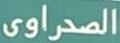
الصحراوى